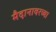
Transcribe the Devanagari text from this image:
मैदानावरच्या